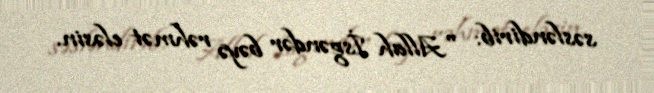
səsləndirib: "Allah İsgəndər bəyə rəhmət eləsin.